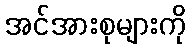
အင်အားစုများကို